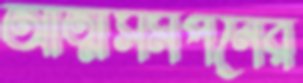
আত্মসমর্পনের